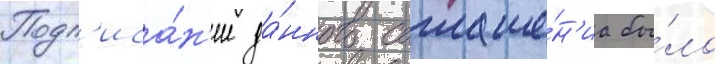
Подп'иса́н'ие да́нного соглаше́н'иа бы́ло